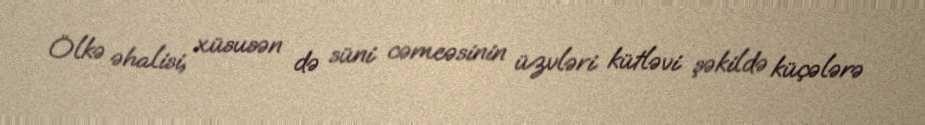
Ölkə əhalisi, xüsusən də süni cəmeəsinin üzvləri kütləvi şəkildə küçələrə